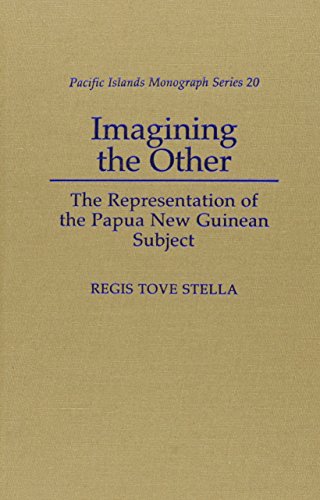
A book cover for Imagining the Other: The Representation of the Papua New Guinean Subject (Pacific Islands Monograph Series); Regis Tove Stella; History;